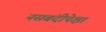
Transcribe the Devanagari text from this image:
नसबंदीपेक्षा